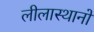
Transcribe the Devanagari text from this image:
लीलास्थानों